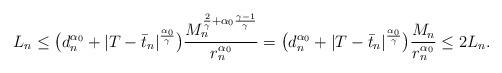
LaTeX: \begin{align*}L_n \le \big(d^{\alpha_0}_n + |T-\bar t_n|^{\frac{\alpha_0}\gamma}\big) \frac{M_n^{\frac2\gamma+\alpha_0\frac{\gamma-1}\gamma}}{r_n^{\alpha_0}} = \big(d^{\alpha_0}_n + |T-\bar t_n|^{\frac{\alpha_0}\gamma}\big) \frac{M_n}{r_n^{\alpha_0}} \le 2L_n.\end{align*}